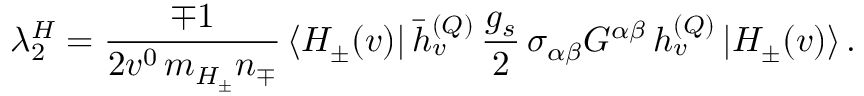
\lambda _ { 2 } ^ { H } = { \frac { \mp 1 } { 2 v ^ { 0 } \, m _ { H _ { \pm } } n _ { \mp } } } \, \langle H _ { \pm } ( v ) | \, \bar { h } _ { v } ^ { ( Q ) } \, \frac { g _ { s } } 2 \, \sigma _ { \alpha \beta } G ^ { \alpha \beta } \, h _ { v } ^ { ( Q ) } \, | H _ { \pm } ( v ) \rangle \, .